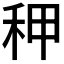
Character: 𰨡